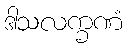
ဒါသလက္ခဏံ